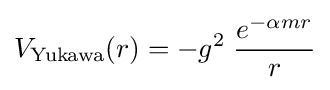
V_{\text{Yukawa}}(r)=-g^{2}\;{\frac {e^{-\alpha mr}}{r}}